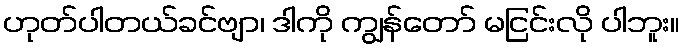
ဟုတ်ပါတယ်ခင်ဗျာ၊ ဒါကို ကျွန်တော် မငြင်းလို ပါဘူး။